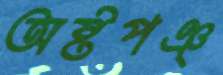
অষ্টপঞ্